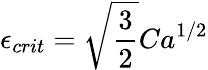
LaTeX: {\epsilon}_{crit}=\sqrt{\frac{3}{2}}Ca^{1/2}